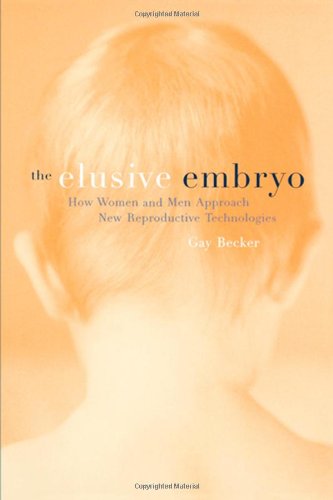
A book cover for The Elusive Embryo: How Men and Women Approach New Reproductive Technologies; Gay Becker; Parenting & Relationships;